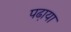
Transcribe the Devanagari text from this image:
पढा़या